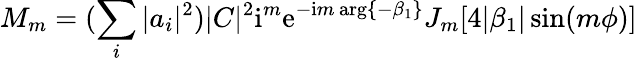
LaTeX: M_{m}=(\sum_{i}|a_{i}|^{2})|C|^{2}\mathrm{i}^{m}\mathrm{e}^{-\mathrm{i}m\, \mathrm{arg}\{ -\beta_{1}\} }J_{m}[4|\beta_{1}|\sin(m\phi)]